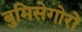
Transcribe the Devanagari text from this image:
बुमिसेगोरो